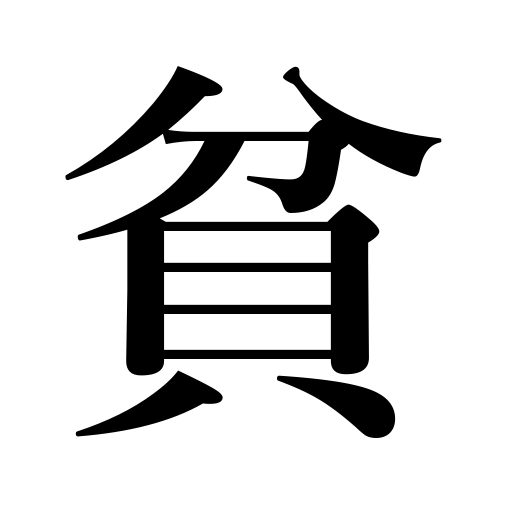
Meanings: destitute,poor,meager,poverty